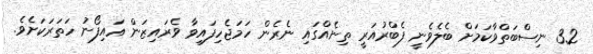
3